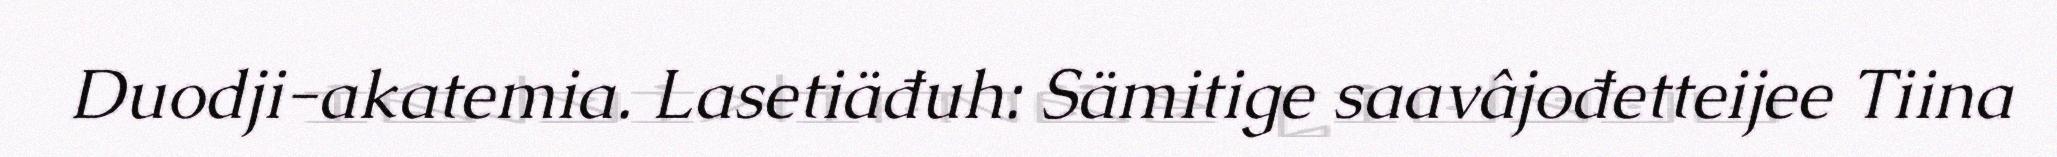
Duodji-akatemia. Lasetiäđuh: Sämitige saavâjođetteijee Tiina